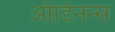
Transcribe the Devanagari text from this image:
ऑर्डिनन्स